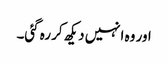
اور وہ انہیں دیکھ کر رہ گئی۔